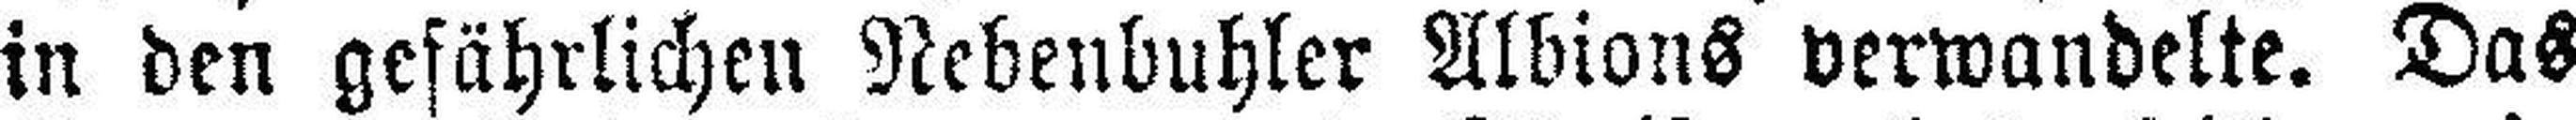
in den gefährlichen Nebenbuhler Albions verwandelte. Das